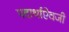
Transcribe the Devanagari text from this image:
पदार्थाऐवजी